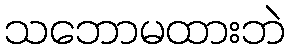
သဘောမထားဘဲ